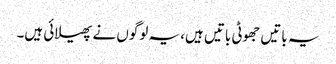
یہ باتیں جھوٹی باتیں ہیں، یہ لوگوں نے پھیلائی ہیں۔